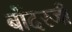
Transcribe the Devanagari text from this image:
बोंदरजी